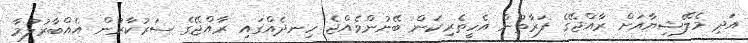
އަދި މެލޭޝިޔާއަށް ރާއްޖޭގެ ފަރާތުން އެހީތެރިކަން ބޭނުންވެއްޖެ ހިނދެއްގައި ރާއްޖޭގެ ސަރުކާރުން އެއްބާރުލުމާ